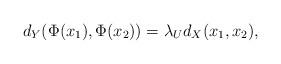
LaTeX: \begin{align*} d_Y(\Phi(x_1),\Phi(x_2)) = \lambda_U d_X(x_1,x_2),\end{align*}